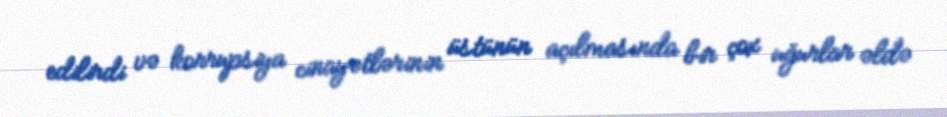
edilirdi və korrupsiya cinayətlərinin üstünün açılmasında bir çox uğurlar əldə